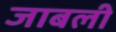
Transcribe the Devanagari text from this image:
जाबली